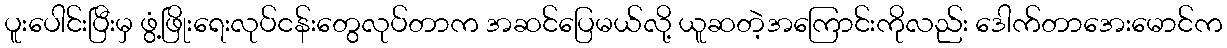
ပူးပေါင်းပြီးမှ ဖွံ့ဖြိုးရေးလုပ်ငန်းတွေလုပ်တာက အဆင်ပြေမယ်လို့ ယူဆတဲ့အကြောင်းကိုလည်း ဒေါက်တာအေးမောင်က